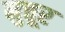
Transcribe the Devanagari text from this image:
मुत्तूर